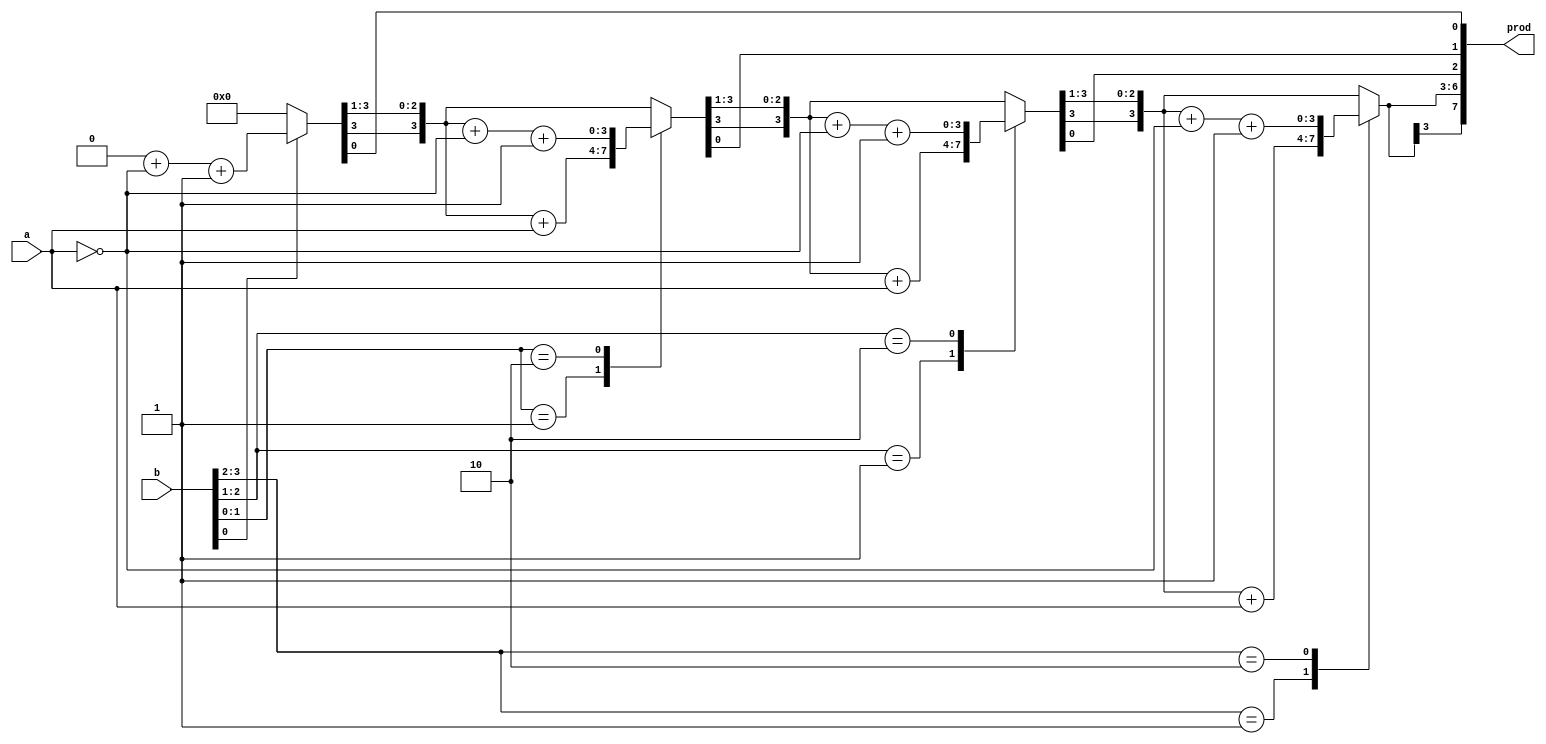
// BOOTH MULTIPLIER
//CED19I056

module booth_multiplier(a,b,prod);
   input signed [3:0]a,b;
   output signed [7:0]prod;
   
   reg [3:0] AC,QR;
   reg[8:0] res,result = 9'b0;
   reg[2:0]temp;
   reg Q1;
   integer count;
  
   always@(a , b)
     begin
	    AC = 4'b0000;
        QR = b;
        Q1 = 1'b0;

	    for(count=4;count>=0;count=count-1)
		begin
		  if(count == 0)
          begin
		    result = res;
          end

		  res =  {AC,QR,Q1};
		  temp = {res[1],res[0]};
		  
          case(temp)
            2'b01:AC = AC + a;
            2'b10:AC = AC + (~a) + 4'b0001;
            default:AC = AC;
          endcase

		  res = {AC,QR,Q1};
		  res = {res[8],res[8:1]};
		  AC = res[8:5];
		  QR = res[4:1];
		  Q1 = res[0];
         end
     end
     assign prod = result[8:1];	
endmodule

module booth_multiplication_tb();
    reg signed [3:0] a,b;
    wire signed[7:0] product;

    booth_multiplier mul_booth(a,b,product);

    initial begin
	    #0   a=4'b0010; b=4'b1011;
		#10  a=4'b0110; b=4'b1100;
		#10  a=4'b0101; b=4'b0110;
		#10  a=4'b1100; b=4'b1000;
		#10  a=4'b1001; b=4'b1000;
		#10  a=4'b1111; b=4'b1010;
		#10  a=4'b1001; b=4'b1101;
		#10  a=4'b0100; b=4'b1101;
		#10  a=4'b1110; b=4'b1111;
		#10  a=4'b0011; b=4'b1011;
		#10  a=4'b1001; b=4'b1111;
    end
	
	initial 
	begin
	    $monitor("%d : %d  x  %d  =  %d ",$time,a,b,product);
		$dumpfile("mul_booth.vcd");
        $dumpvars(0,booth_multiplication_tb);
	end
endmodule